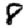
Digit: 8